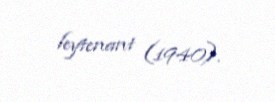
leytenant (1940).